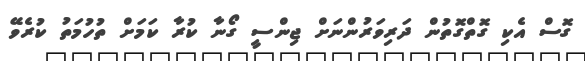
ގޮސް އެކި ގޮތްގޮތުން ދަރިވަރުންނަށް ޖިންސީ ގޯނާ ކުރާ ކަމަށް ތުހުމަތު ކުރެވޭ